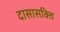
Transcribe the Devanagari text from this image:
दासासक्ति